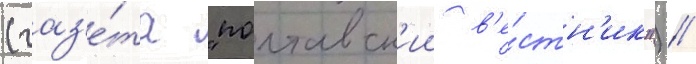
(газ'е́та "полтавск'ии в'е́стн'ик") //